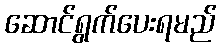
ဆောင်ရွက်ပေးရမည်